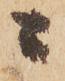
ニ